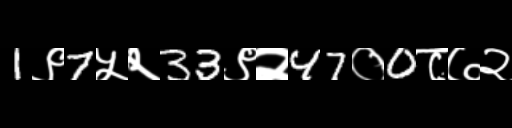
Text: 1९7५२33९२47०0८७२